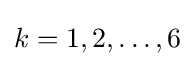
k=1,2,\dots ,6